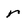
Character: r